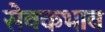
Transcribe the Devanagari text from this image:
सेवकभाव